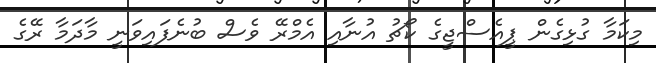
މިކަމާ ގުޅިގެން ޕީއެސްޖީގެ ކޯޗު އުނާއި އެމްރޭ ވެސް ބުނެފައިވަނީ މާދަމާ ރޭގެ